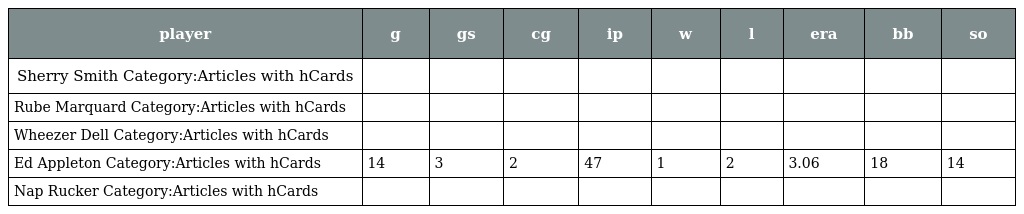
| player | g | gs | cg | ip | w | l | era | bb | so |
 | --- | --- | --- | --- | --- | --- | --- | --- | --- | --- |
 | Sherry Smith Category:Articles with hCards |  |  |  |  |  |  |  |  |  |
 | Rube Marquard Category:Articles with hCards |  |  |  |  |  |  |  |  |  |
 | Wheezer Dell Category:Articles with hCards |  |  |  |  |  |  |  |  |  |
 | Ed Appleton Category:Articles with hCards | 14 | 3 | 2 | 47 | 1 | 2 | 3.06 | 18 | 14 |
 | Nap Rucker Category:Articles with hCards |  |  |  |  |  |  |  |  |  |